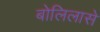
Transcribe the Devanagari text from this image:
बोलिलासे